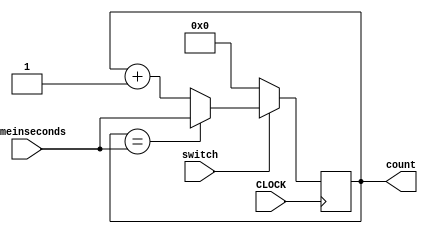
`timescale 1ns / 1ps
//////////////////////////////////////////////////////////////////////////////////
// Company: 
// Engineer: 
// 
// Design Name: 
// Module Name: count_up_in_s
// Project Name: 
// Target Devices: 
// Tool Versions: 
// Description: 
// 
// Dependencies: 
// 
// Revision:
// Revision 0.01 - File Created
// Additional Comments:
// 
//////////////////////////////////////////////////////////////////////////////////


module count_up_in_s(
    input CLOCK,
    input switch,
    input [31:0] timeinseconds,
    output reg [31:0] count = 0
    );
    
  always @ (posedge CLOCK)
    begin
    if (switch)
    begin
        count <= (count == timeinseconds) ? timeinseconds : count + 1;
    end
    
    else
    begin
        count <= 0;
    end 
  end
endmodule